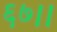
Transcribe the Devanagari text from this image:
६७।।